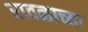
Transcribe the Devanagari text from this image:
रावळाच्या